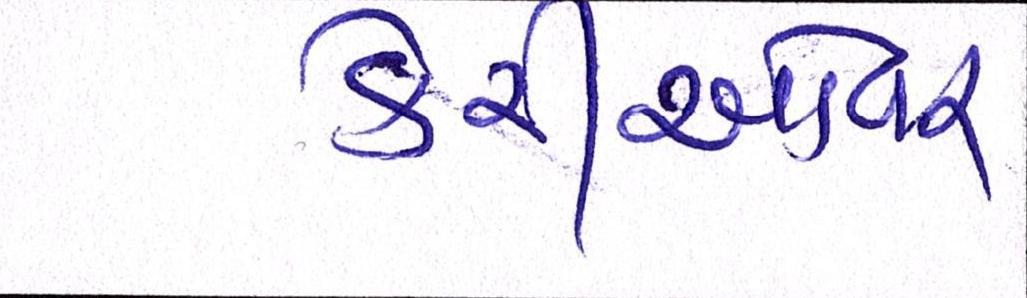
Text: કેરીઓવર